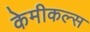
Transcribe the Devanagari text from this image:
केमीकल्स